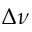
\Delta \nu